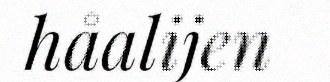
håalijen